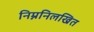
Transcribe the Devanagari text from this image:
निम्ननिलखित